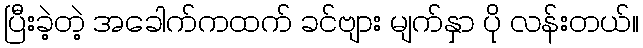
ပြီးခဲ့တဲ့ အခေါက်ကထက် ခင်ဗျား မျက်နှာ ပို လန်းတယ်။